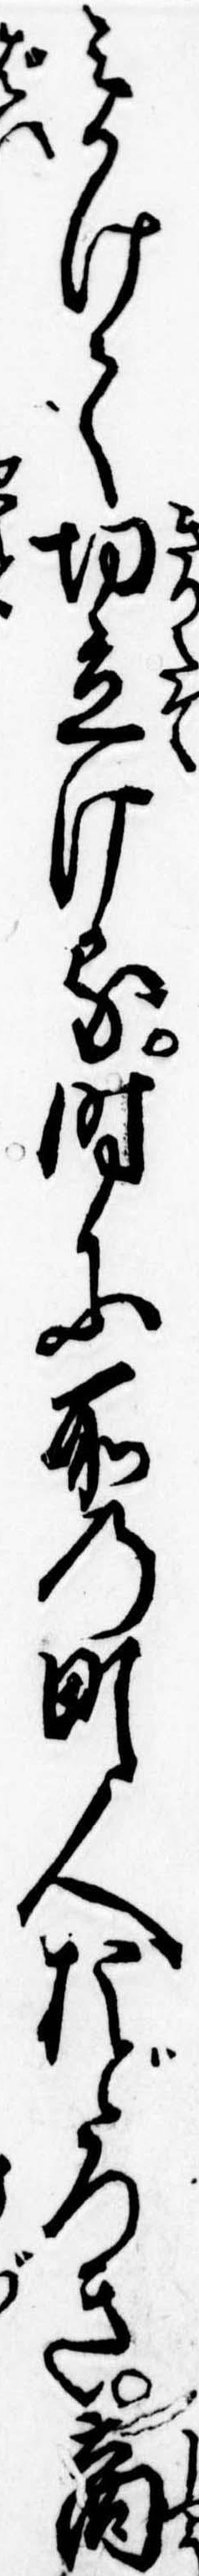
みかけて切立ける時に所の町人おどろき商